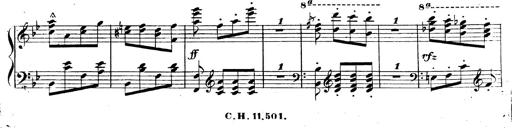
Title: 3 Caprices-Valses
Composer: Franz Liszt